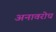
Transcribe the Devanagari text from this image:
अनावरोध